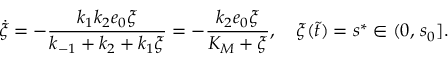
\dot { \xi } = - \frac { k _ { 1 } k _ { 2 } e _ { 0 } \xi } { k _ { - 1 } + k _ { 2 } + k _ { 1 } \xi } = - \frac { k _ { 2 } e _ { 0 } \xi } { K _ { M } + \xi } , \quad \xi ( \widetilde t ) = s ^ { * } \in ( 0 , \, s _ { 0 } ] .